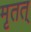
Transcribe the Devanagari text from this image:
मृतत्